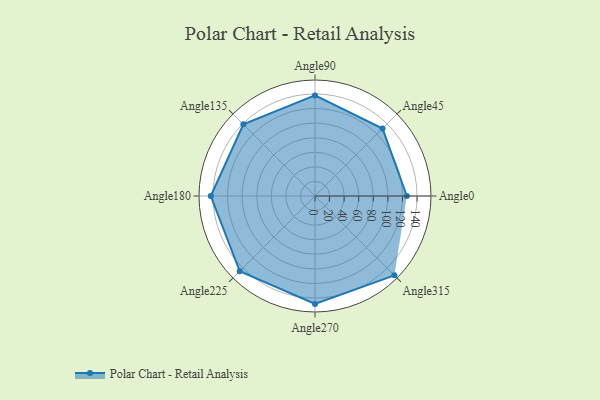
{"axis": {"x": "Angle", "y": "Radius"}, "legend": [""], "data": [{"x": "Angle0", "y": 126.0, "type": ""}, {"x": "Angle45", "y": 131.0, "type": ""}, {"x": "Angle90", "y": 138.0, "type": ""}, {"x": "Angle135", "y": 139.0, "type": ""}, {"x": "Angle180", "y": 143.0, "type": ""}, {"x": "Angle225", "y": 146.0, "type": ""}, {"x": "Angle270", "y": 148.0, "type": ""}, {"x": "Angle315", "y": 154.0, "type": ""}]}